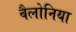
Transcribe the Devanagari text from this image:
वैलोनिया